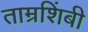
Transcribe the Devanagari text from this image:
ताम्रशिंबी